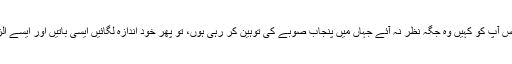
مگر بھائی صاحب، اگر اس کے برعکس آپ کو کہیں وہ جگہ نظر نہ آئے جہاں میں پنجاب صوبے کی توہین کر رہی ہوں، تو پھر خود اندازہ لگائیں ایسی باتیں اور ایسے الزام کو سن کر دل کو دکھ تو ہوتا ہے نا۔